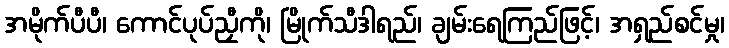
အမိုက်ပီပီ၊ ကောင်ပုပ်ညှီကို၊ မြိုက်သီဒါရည်၊ ချမ်းရေကြည်ဖြင့်၊ အရှည်စင်မှု၊